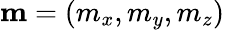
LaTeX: \mathbf{m}=(m_{x},m_{y},m_{z})